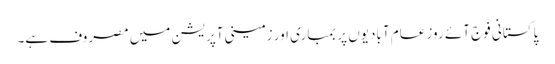
پاکستانی فوج آئے روز عام آبادیوں پر بمباری اور زمینی آپریشن میں مصروف ہے۔